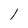
Character: I